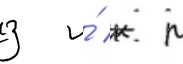
з и́ к л